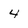
Character: 4